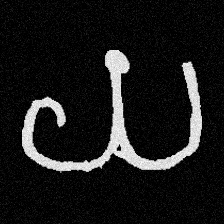
Pyu character \u2014 Myanmar letter: ယ (romanized: ya)